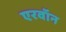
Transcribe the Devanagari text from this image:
एरवॉन